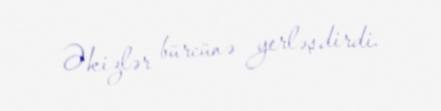
Əkizlər bürcünə yerləşdirdi.